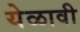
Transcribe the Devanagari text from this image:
येळावी